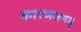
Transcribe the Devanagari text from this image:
कारणजगत्